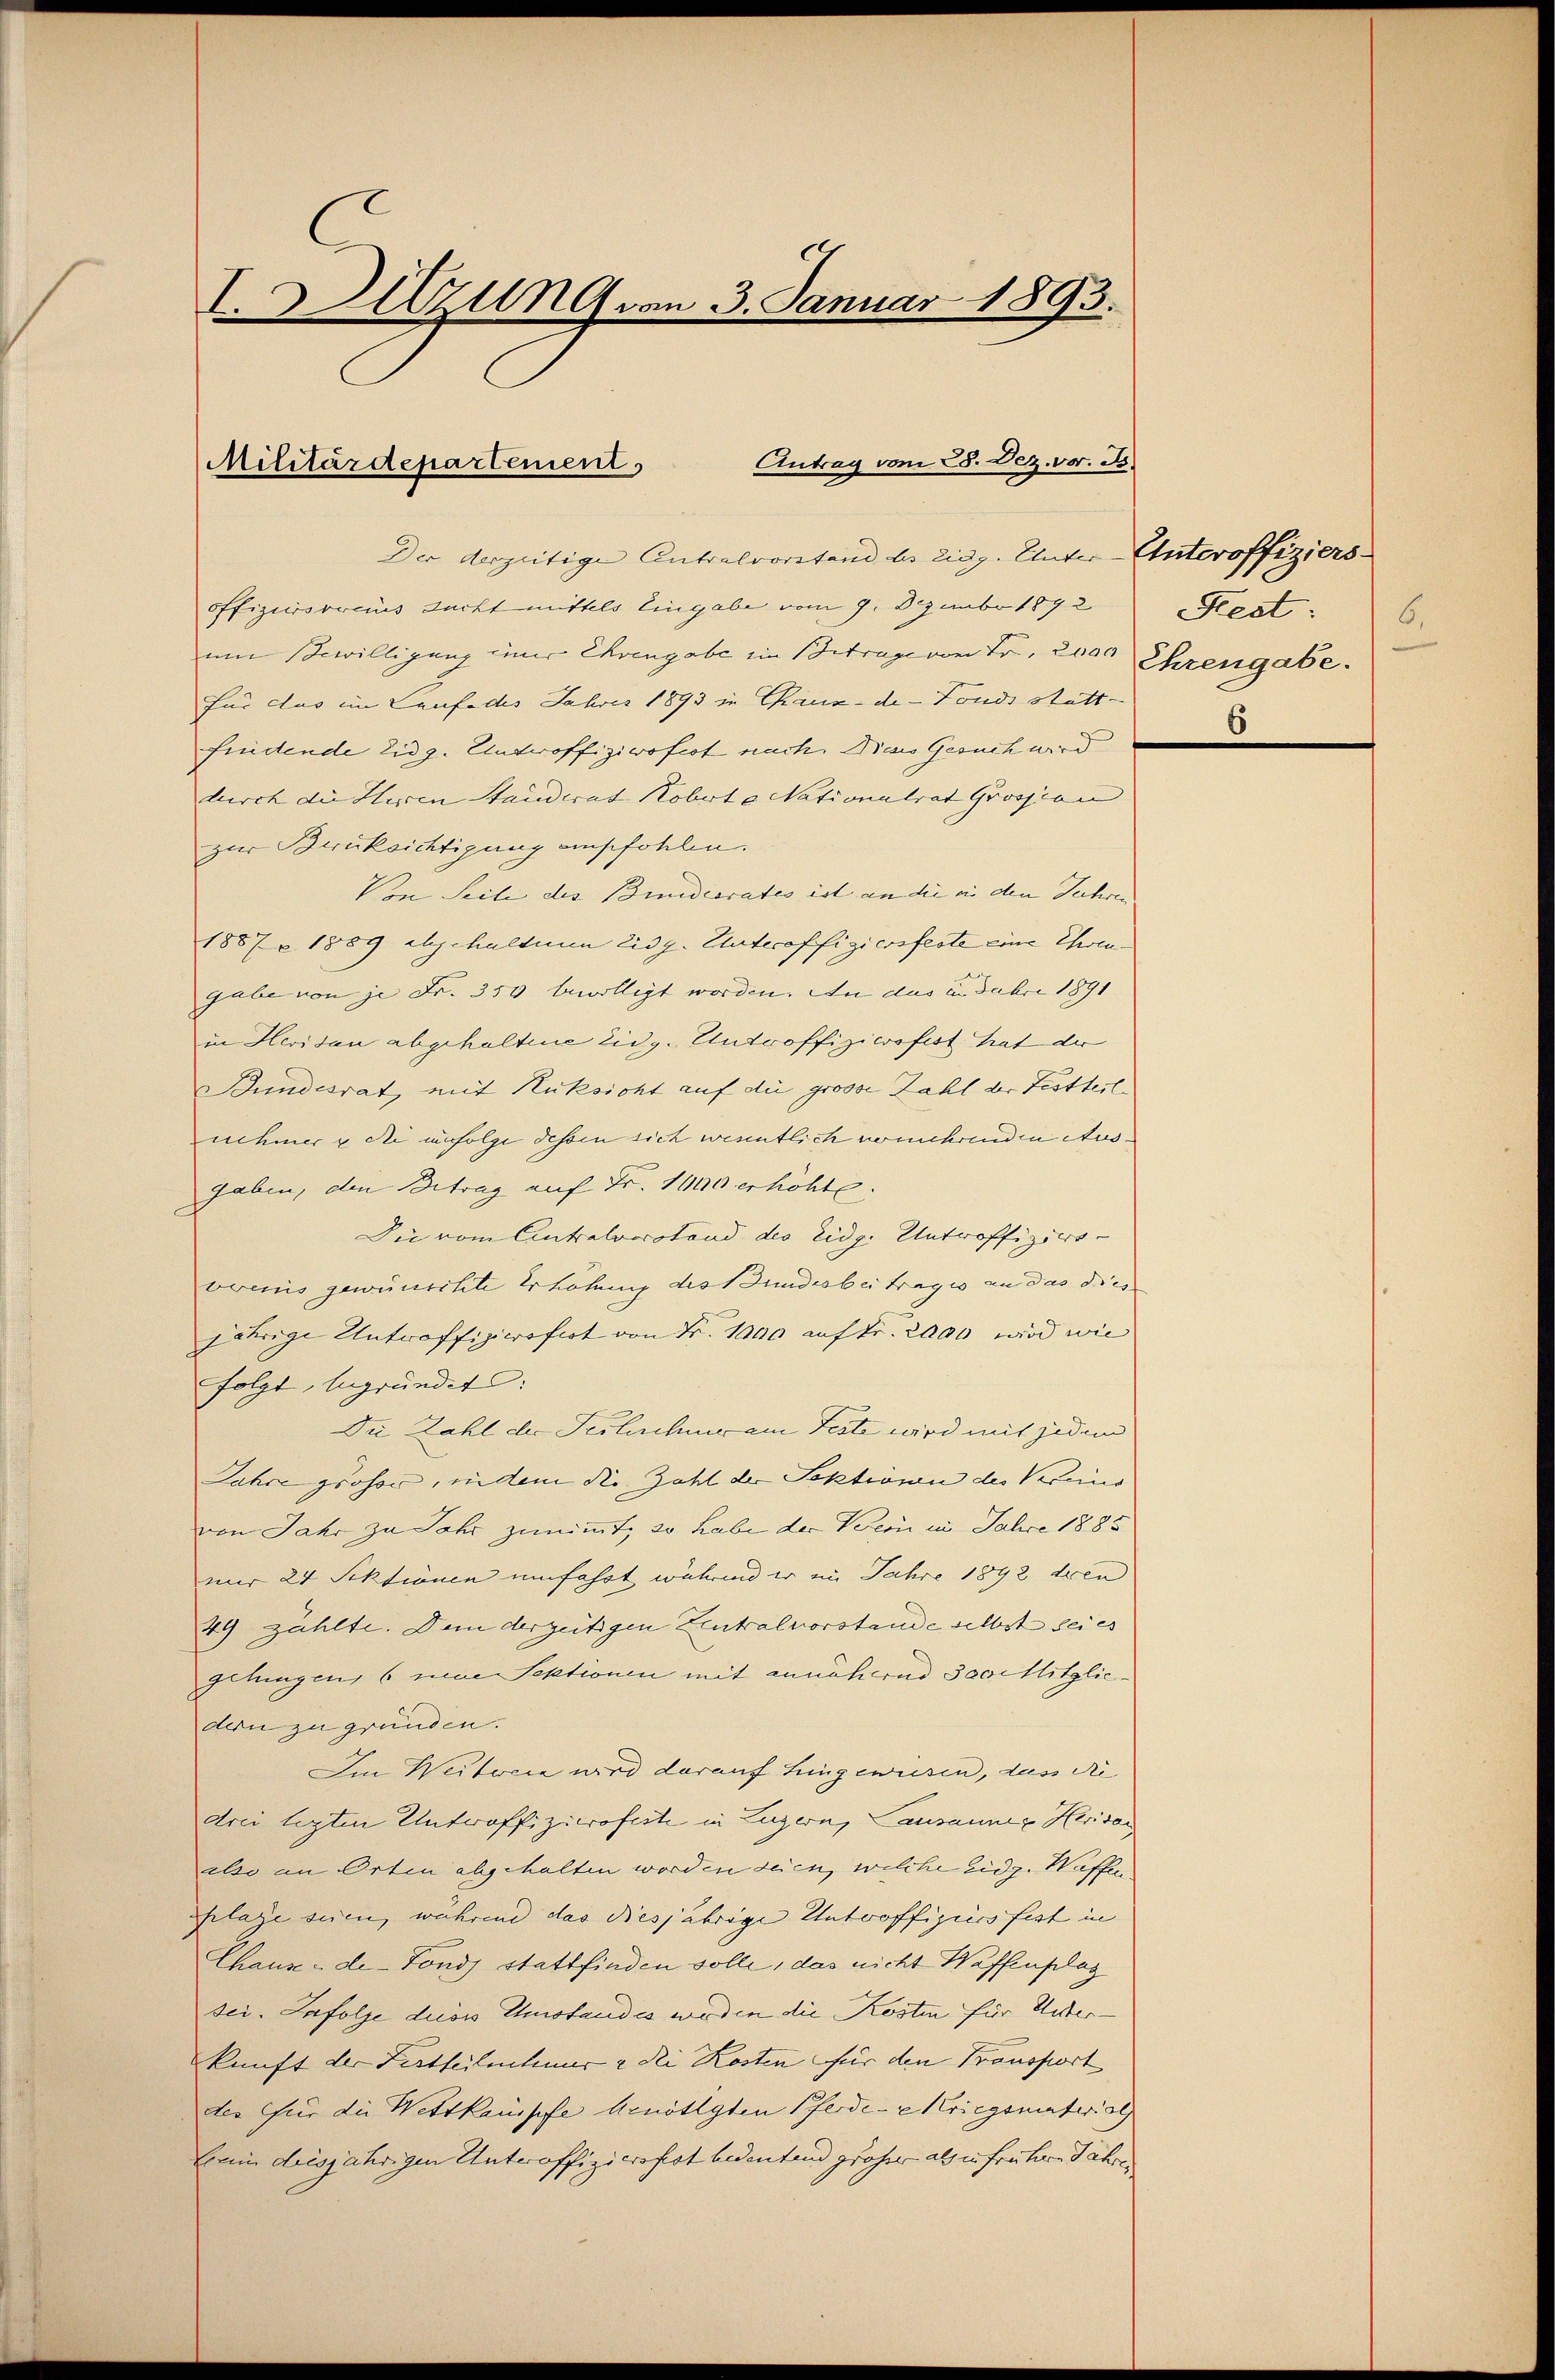
I.Auzung von 3. Januar 1893.

Antrag vom 28. Dez. v. 8.
Militärdepartement.

Der derzeitige Antralvorstand bei Eidg. Unter-Unteroffiziers
offiziersoraus dacht mittels Eingabe vom 9. Dezember 1892
um Scwilligung ener Ehrengabe im Betrage von Fr. 2000 Ehrengabe.
für das im Laufe des Jahres 1893 in Chaux-de-Fonds statt-
findende Eidg. Untroffiziwofest nach. Dies Gesuch wird
durch die Heren Stauderat Kobert a. Nationalrat Grossian |
zur Berücksichtigung empfohlen.
Von Seile des Bundesrates ist an die in den Seehren |
1887 - 1889 abgehaltenen Eidg. Unteroffiziersfeste eine Ehrengabe von je Fr. 350 bewilligt worden. An das in dabei 1891
in Heridau abgehaltene Eidg. Unteroffiziersfest hat der
undesrat, mit Rücksicht auf die grosse Zahl der Festseit
nehmer die infolge dessen sich wenntlich vermehrenden Ausgaben, den Betrag auf Fr. 1000 erhöhte.
Die vom Eintralvorstand des Eidg. Untroffiziers-
vrenis gewünschte Erhöhung des Bundesbeitrages an das dies
jährige Untroffizicrofit von Fr. 1000 auf Fr. 2000 wird wie
folgt, begründet:
Die Zahl der Teilschmer am Feste wird mit jedem
Jahre groser, indem die Zahl der Sektionen des Vereins
von Jahr zu Jahr zunimmt, so habe der Vorin in Jahre 1885
nur 24 Sektionen umfahrt während er im Jahre 1892 den
49 zählte. Dem derzeitigen Zentralvorstande selbst sei es
gelungen, 6 eine Sektionen mit annähernd 300 Mitgliedern zu gründen.
Im Weiterie wird darauf hingewiesen, das die
drei legten Untroffizierofeste in Luzern, Causannes Heridor
also an Orten abgehalten worden seien, welche Eidg. Waffen.
flage seien, während das diesjährige Unteroffiziers fest in
Chaux-de-Fonds stattfinden solle, das nicht Waffenplag
sei. Zufolge duos Umstandes werden die Kosten für Unterkunft der Festheilnehmer u dei Kosten für den Transport
der für die Wettkampfe Arnötigten Pferde-E Kriegsmaterial
Enin diesjährigen Unteroffizierofest bedeutend großer als in frühern Jahren,

Kest: 6.
6